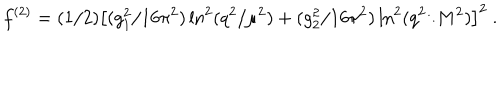
f ^ { ( 2 ) } = ( 1 / 2 ) \big [ ( g _ { 1 } ^ { 2 } / 1 6 \pi ^ { 2 } ) \ln ^ { 2 } ( q ^ { 2 } / \mu ^ { 2 } ) + ( g _ { 2 } ^ { 2 } / 1 6 \pi ^ { 2 } ) \ln ^ { 2 } ( q ^ { 2 } / M ^ { 2 } ) \big ] ^ { 2 } ~ .